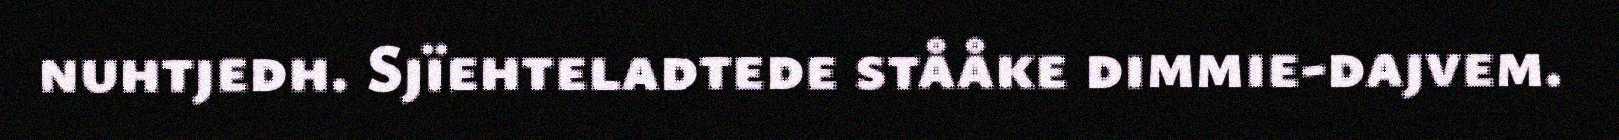
nuhtjedh. Sjïehteladtede stååke dimmie-dajvem.